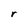
Character: r